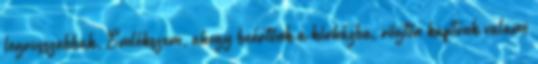
legrosszabbak. Emlékszem, ahogy beértünk a kórházba, rögtön kaptunk valami